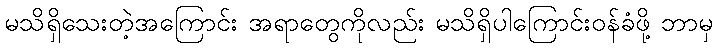
မသိရှိသေးတဲ့အကြောင်း အရာတွေကိုလည်း မသိရှိပါကြောင်းဝန်ခံဖို့ ဘာမှ